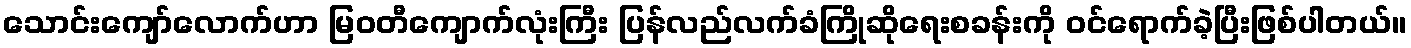
သောင်းကျော်လောက်ဟာ မြဝတီကျောက်လုံးကြီး ပြန်လည်လက်ခံကြိုဆိုရေးစခန်းကို ဝင်ရောက်ခဲ့ပြီးဖြစ်ပါတယ်။